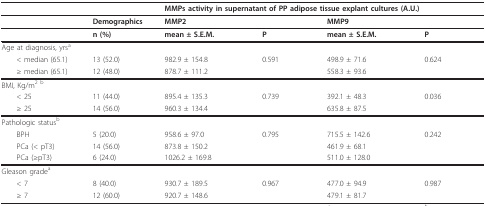
<table><thead><tr><td></td><td></td><td colspan="4"><b>MMPs activity in supernatant of PP adipose tissue explant cultures (A.U.)</b></td></tr></thead><tbody><tr><td></td><td><b>Demographics</b></td><td><b>MMP2</b></td><td></td><td><b>MMP9</b></td><td></td></tr><tr><td></td><td><b>n (%)</b></td><td><b>mean ± S.E.M.</b></td><td><b>P</b></td><td><b>mean ± S.E.M.</b></td><td><b>P</b></td></tr><tr><td>Age at diagnosis, yrs<sup>a</sup></td><td></td><td></td><td></td><td></td><td></td></tr><tr><td> &lt; median (65.1)</td><td>13 (52.0)</td><td>982.9 ± 154.8</td><td>0.591</td><td>498.9 ± 71.6</td><td>0.624</td></tr><tr><td> ≥ median (65.1)</td><td>12 (48.0)</td><td>878.7 ± 111.2</td><td></td><td>558.3 ± 93.6</td><td></td></tr><tr><td>BMI, Kg/m<sup>2 b</sup></td><td></td><td></td><td></td><td></td><td></td></tr><tr><td> &lt; 25</td><td>11 (44.0)</td><td>895.4 ± 135.3</td><td>0.739</td><td>392.1 ± 48.3</td><td>0.036</td></tr><tr><td> ≥ 25</td><td>14 (56.0)</td><td>960.3 ± 134.4</td><td></td><td>635.8 ± 87.5</td><td></td></tr><tr><td>Pathologic status<sup>b</sup></td><td></td><td></td><td></td><td></td><td></td></tr><tr><td> BPH</td><td>5 (20.0)</td><td>958.6 ± 97.0</td><td>0.795</td><td>715.5 ± 142.6</td><td>0.242</td></tr><tr><td> PCa (&lt; pT3)</td><td>14 (56.0)</td><td>873.8 ± 150.2</td><td></td><td>461.9 ± 68.1</td><td></td></tr><tr><td> PCa (≥pT3)</td><td>6 (24.0)</td><td>1026.2 ± 169.8</td><td></td><td>511.0 ± 128.0</td><td></td></tr><tr><td>Gleason grade<sup>a</sup></td><td></td><td></td><td></td><td></td><td></td></tr><tr><td> &lt; 7</td><td>8 (40.0)</td><td>930.7 ± 189.5</td><td>0.967</td><td>477.0 ± 94.9</td><td>0.987</td></tr><tr><td> ≥ 7</td><td>12 (60.0)</td><td>920.7 ± 148.6</td><td></td><td>479.1 ± 81.7</td><td></td></tr></tbody></table>